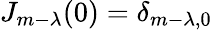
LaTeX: J_{m-\lambda}(0)=\delta_{m-\lambda,0}